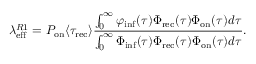
\lambda _ { \mathrm { e f f } } ^ { R 1 } = P _ { \mathrm { o n } } \langle \tau _ { \mathrm { r e c } } \rangle \frac { \int _ { 0 } ^ { \infty } \varphi _ { \mathrm { i n f } } ( \tau ) \Phi _ { \mathrm { r e c } } ( \tau ) \Phi _ { \mathrm { o n } } ( \tau ) d \tau } { \int _ { 0 } ^ { \infty } \Phi _ { \mathrm { i n f } } ( \tau ) \Phi _ { \mathrm { r e c } } ( \tau ) \Phi _ { \mathrm { o n } } ( \tau ) d \tau } .